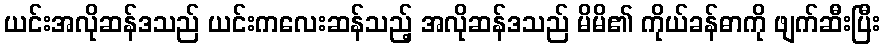
ယင်းအလိုဆန်ဒသည် ယင်းကလေးဆန်သည့် အလိုဆန်ဒသည် မိမိ၏ ကိုယ်ခန်ဓာကို ဖျက်ဆီးပြီး